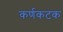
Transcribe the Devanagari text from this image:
कर्णकटक